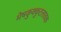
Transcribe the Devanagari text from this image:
मेषकुक्कुटलावक